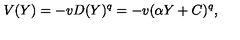
V ( Y ) = - v D ( Y ) ^ { q } = - v ( \alpha Y + C ) ^ { q } ,